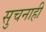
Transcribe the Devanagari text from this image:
सुचनाही